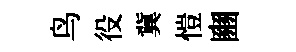
鸟役冀愷豳